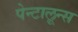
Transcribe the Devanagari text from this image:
पेन्टालून्स